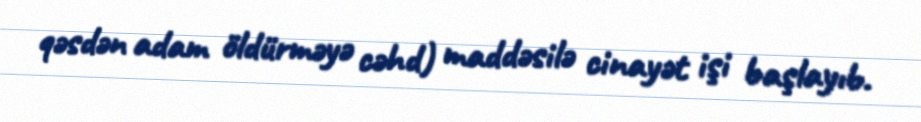
qəsdən adam öldürməyə cəhd) maddəsilə cinayət işi başlayıb.